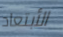
الأبتعاد